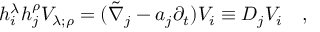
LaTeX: h _ { i } ^ { \lambda } h _ { j } ^ { \rho } V _ { \lambda ; \rho } = ( \tilde { \nabla } _ { j } - a _ { j } \partial _ { t } ) V _ { i } \equiv D _ { j } V _ { i } ~ ~ ~ ,